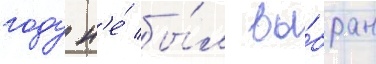
году н'е́ бы́л вы́бран